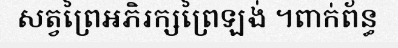
សត្វព្រៃអភិរក្សព្រៃឡង់ ។ពាក់ព័ន្ធ